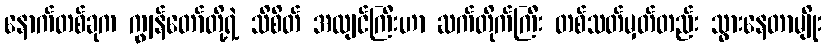
နောက်တစ်ခုက ကျွန်တော်တို့ရဲ့ သိစိတ် အလျင်ကြီးဟာ ဆက်တိုက်ကြီး တစ်သတ်မှတ်တည်း သွားနေတာမျိုး